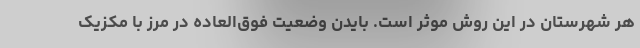
هر شهرستان در این روش موثر است. بایدن وضعیت فوق‌العاده در مرز با مکزیک